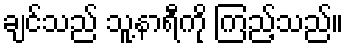
ချင်သည် သူ့နာရီကို ကြည့်သည်။